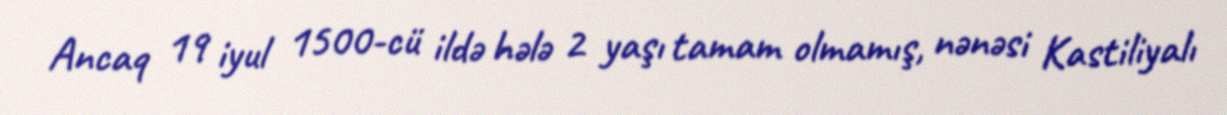
Ancaq 19 iyul 1500-cü ildə hələ 2 yaşı tamam olmamış, nənəsi Kastiliyalı